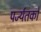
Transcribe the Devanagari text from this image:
पर्ज्यतकों